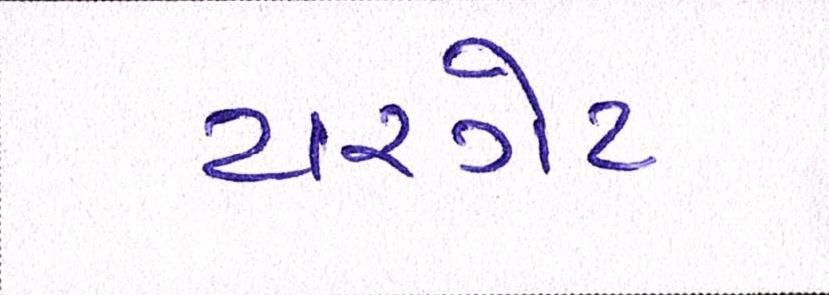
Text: ટારગેટ